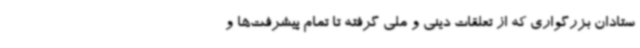
ستادان بزرگواری که از تعلقات دینی و ملی گرفته تا تمام پیشرفت‌ها و